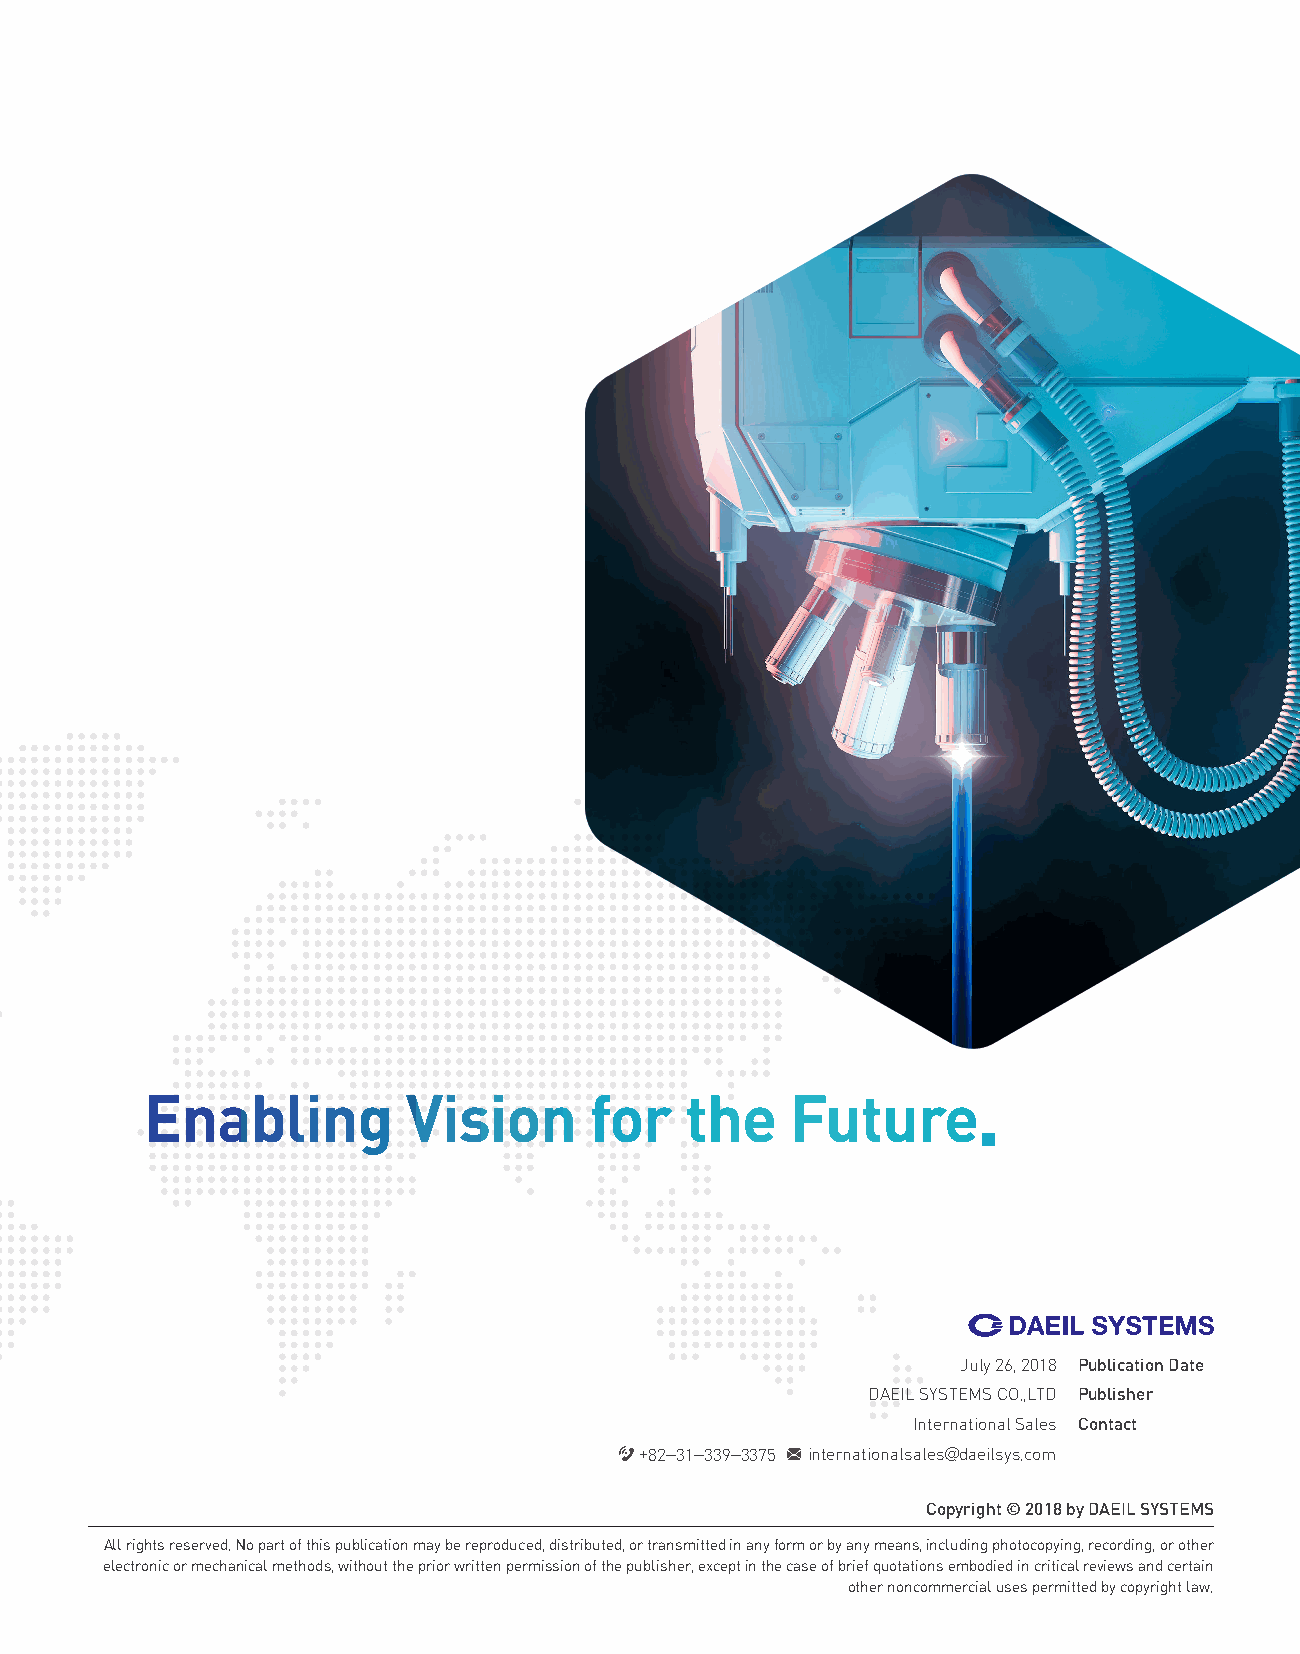
Enabling         Vision      for   the    Future.
 July 26, 2018 Publication Date
 DAEIL SYSTEMS CO.,LTD Publisher
 International Sales Contact
 +82-31-339-3375 internationalsales@daeilsys.com
 Copyright © 2018 by DAEIL SYSTEMS
 All rights reserved. No part of this publication may be reproduced, distributed, or transmitted in any form or by any means, including photocopying, recording, or other
 electronic or mechanical methods, without the prior written permission of the publisher, except in the case of brief quotations embodied in critical reviews and certain
 other noncommercial uses permitted by copyright law.